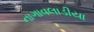
નાગાવલાડીયા